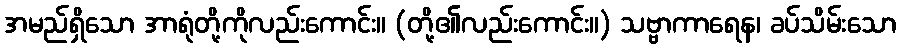
အမည်ရှိသော အာရုံတို့ကိုလည်းကောင်း။ (တို့၏လည်းကောင်း။) သဗ္ဗာကာရေန၊ ခပ်သိမ်းသော